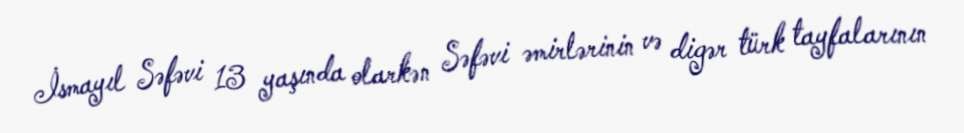
İsmayıl Səfəvi 13 yaşında olarkən Səfəvi əmirlərinin və digər türk tayfalarının